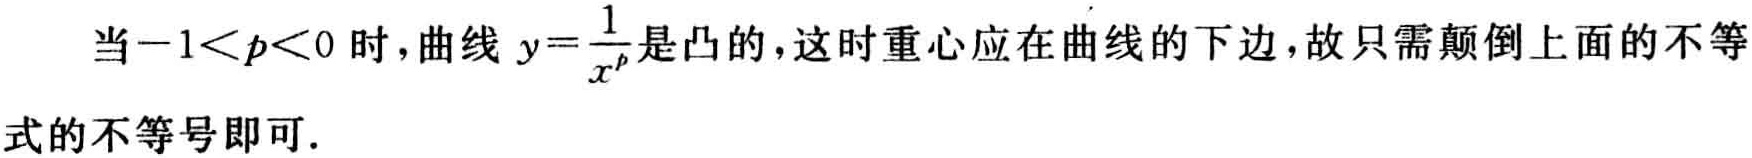
当\(-1<p<0\)时，曲线 \(y = \frac{1}{x^p}\)是凸的，这时重心应在曲线的下边，故只需颠倒上面的不等式的不等号即可.